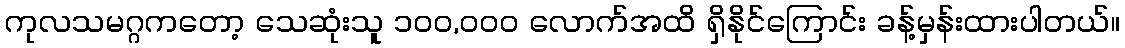
ကုလသမဂ္ဂကတော့ သေဆုံးသူ ၁၀၀,၀၀၀ လောက်အထိ ရှိနိုင်ကြောင်း ခန့်မှန်းထားပါတယ်။